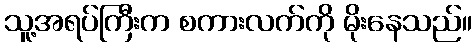
သူ့အရပ်ကြီးက စကားလက်ကို မိုးနေသည်။